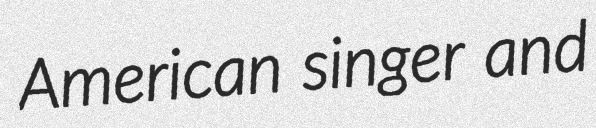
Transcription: American singer and